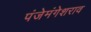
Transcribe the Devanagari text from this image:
पंजेमंगेशराव